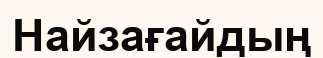
Найзағайдың